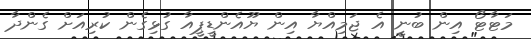
މަޓާޓޯ އިން ބުނީ އެ ޖަމިއްޔާ އިން ޔޫއެންޑީޕީއާ ގުޅިގެން ކުރިއަށް ގެންދާ